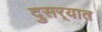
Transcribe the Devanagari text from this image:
दुसर्‍यात